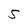
Character: S